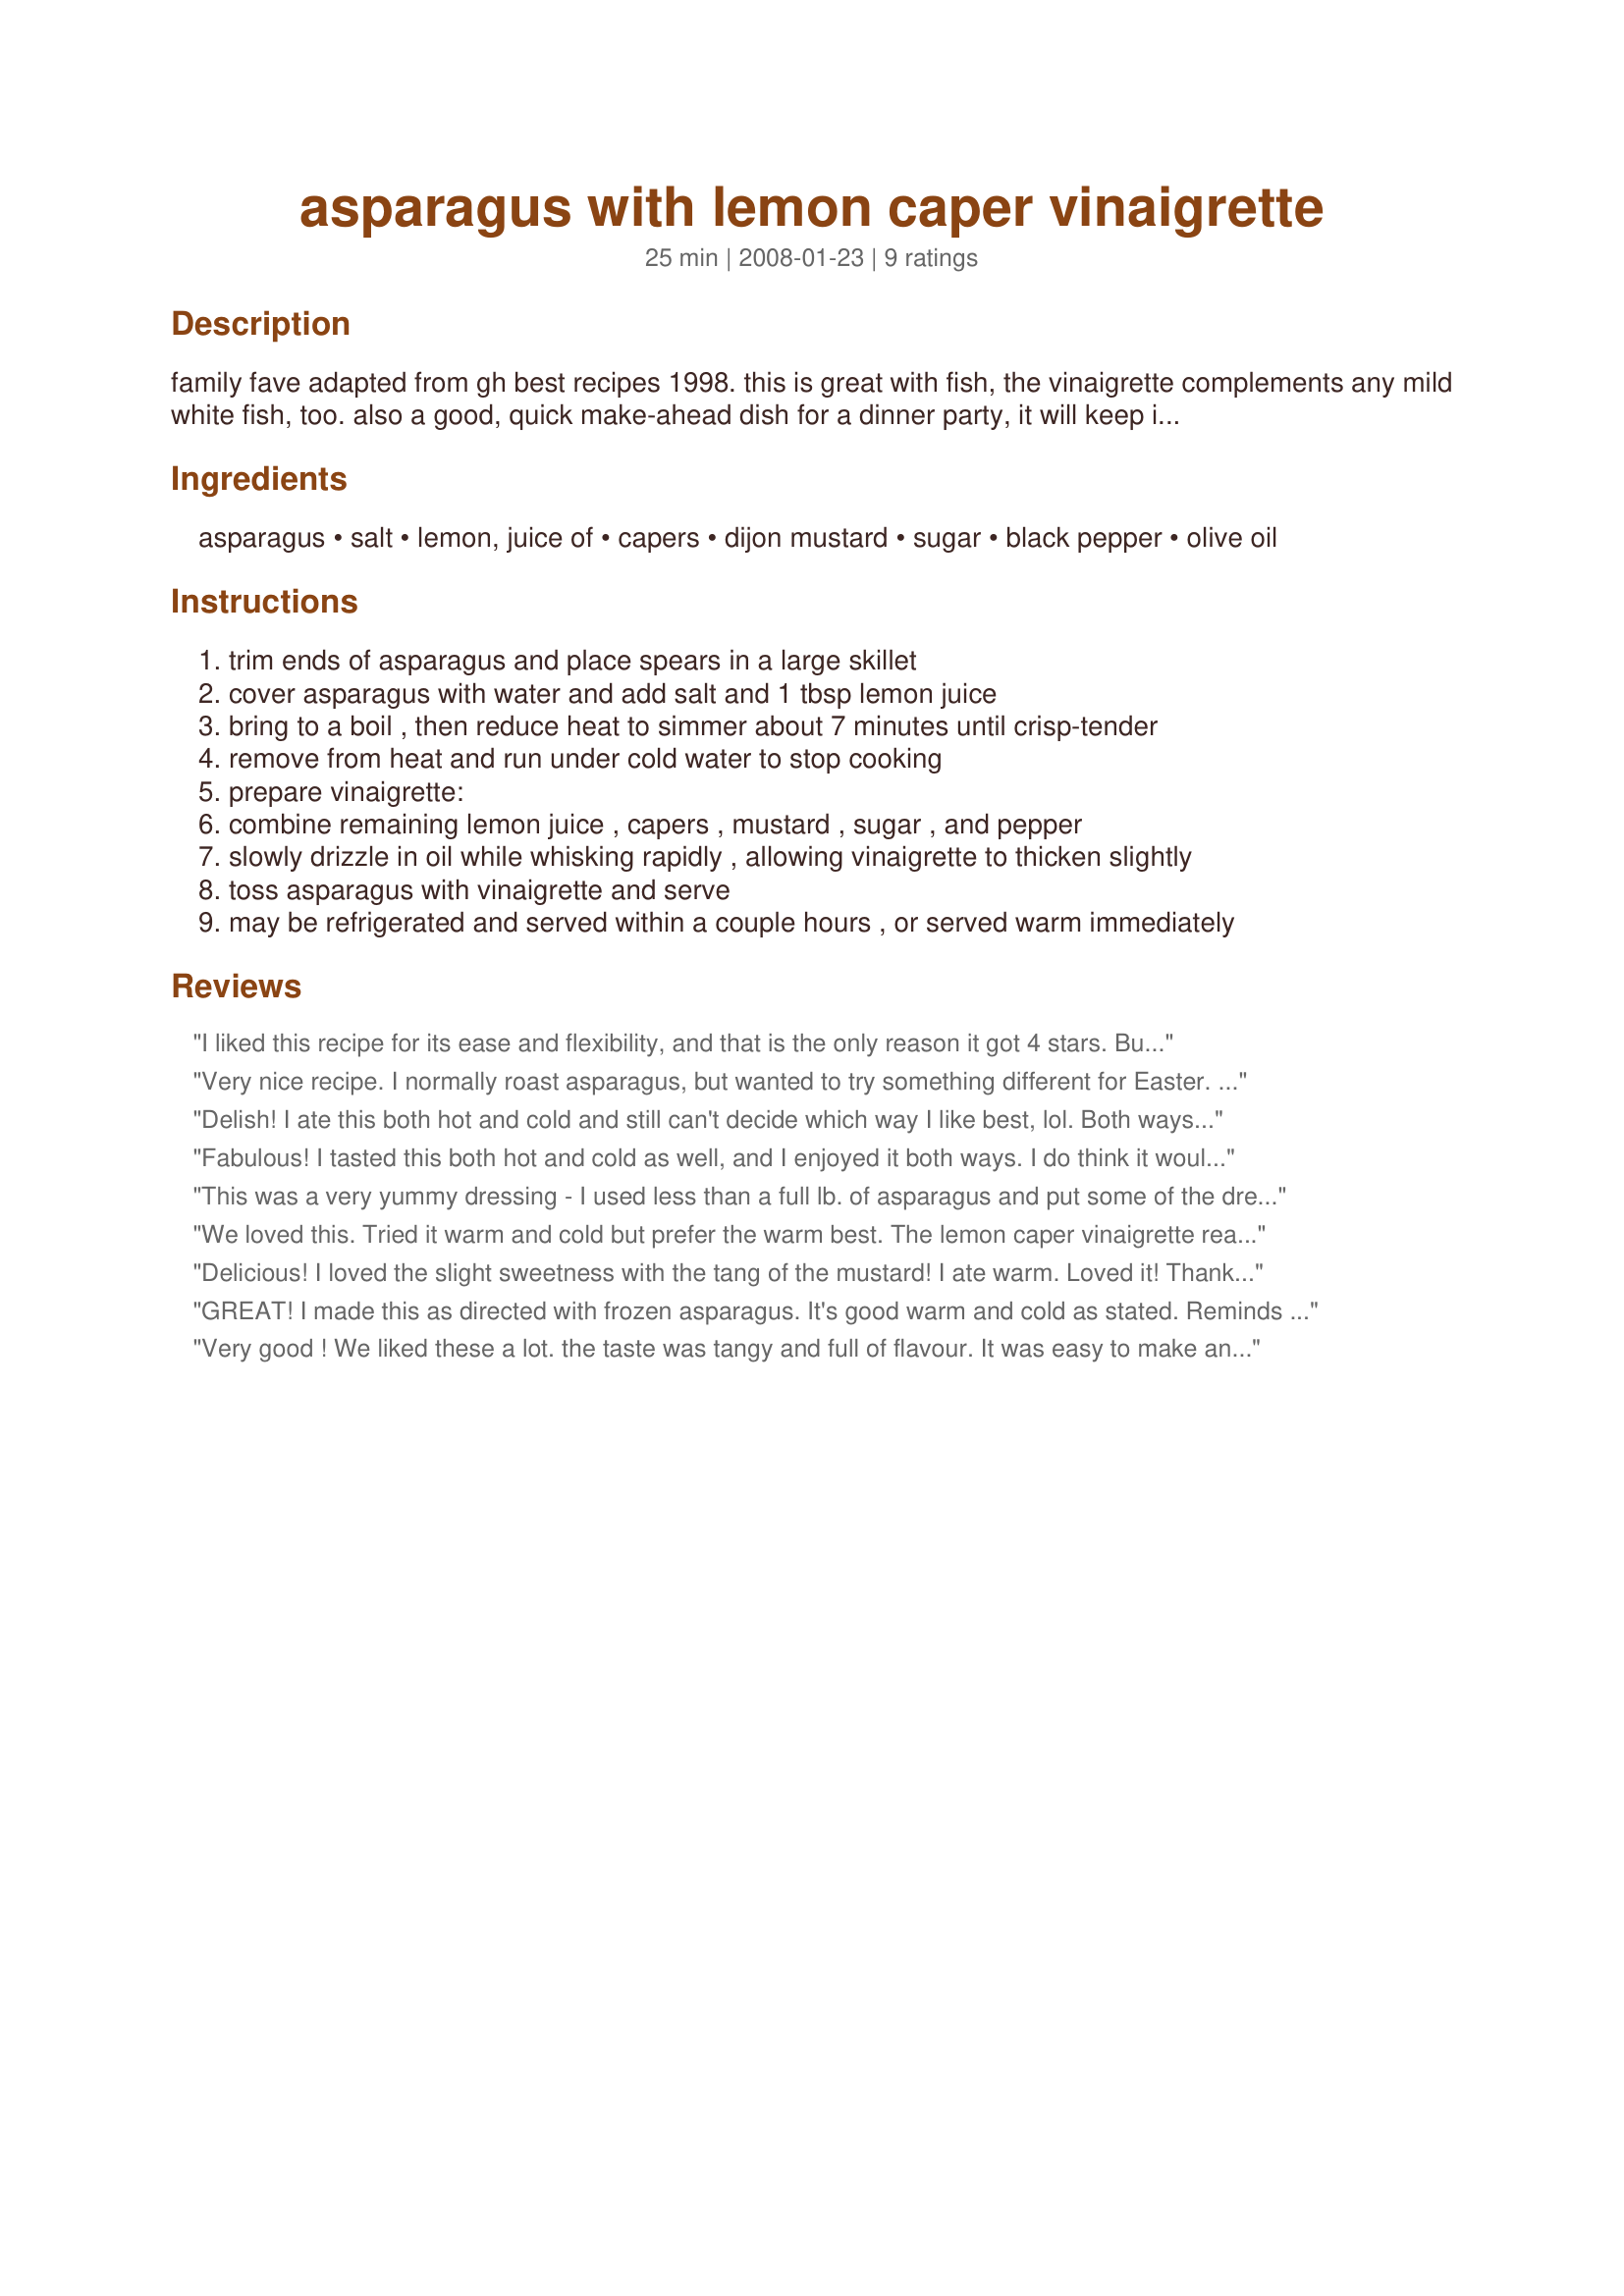
asparagus with lemon caper vinaigrette
Preparation time: 25 minutes

family fave adapted from gh best recipes 1998. this is great with fish, the vinaigrette complements any mild white fish, too. also a good, quick make-ahead dish for a dinner party, it will keep in the fridge for a couple hours. also doubles or triples easily.

Ingredients:
asparagus, salt, lemon, juice of, capers, dijon mustard, sugar, black pepper, olive oil

Steps:
trim ends of asparagus and place spears in a large skillet
cover asparagus with water and add salt and 1 tbsp lemon juice
bring to a boil , then reduce heat to simmer about 7 minutes until crisp-tender
remove from heat and run under cold water to stop cooking
prepare vinaigrette:
combine remaining lemon juice , capers , mustard , sugar , and pepper
slowly drizzle in oil while whisking rapidly , allowing vinaigrette to thicken slightly
toss asparagus with vinaigrette and serve
may be refrigerated and served within a couple hours , or served warm immediately

Reviews:
I liked this recipe for its ease and flexibility, and that is the only reason it got 4 stars. But, next time, I will cut the sauce in half. To me, there was way too much wasted sauce still left on the serving dish!! I also came to the conclusion that I really prefere either grilling or broiling asparagus... it just gives it a superior taste over boiling it. After making these changes... this recipe would rock at a solid 10.
Very nice recipe. I normally roast asparagus, but wanted to try something different for Easter. The really nice thing about this is you can make it ahead of time and it is one less thing to worry about while trying to get a large meal on the table.
Delish! I ate this both hot and cold and still can't decide which way I like best, lol. Both ways are very good and I can't wait to try this with company. Thanks Gatorbek for a simple and delicious side dish. Made for Spring PAC 2008.
Fabulous! I tasted this both hot and cold as well, and I enjoyed it both ways. I do think it would improve the flavor of most mild fish, although one doesn't have to have fish to enjoy this. I could enjoy this by myself, and almost did as I pondered the thought of running off with all the asparagus to myself and leaving my family to order take-out. In the end, I shared, and they are happy I did. Thanks for sharing. ~Lorie
This was a very yummy dressing - I used less than a full lb. of asparagus and put some of the dressing on our tilapia filets while they were baking, along with some chopped tomatoes and green onions. (Baked at 375 for 20 min). Served both the fish and asparagus over a bed of brown rice.
We loved this. Tried it warm and cold but prefer the warm best. The lemon caper vinaigrette really adds a nice touch to one of my favorite vegetables. Thanks Gator.
Delicious! I loved the slight sweetness with the tang of the mustard! I ate warm. Loved it! Thanks! My sister loved it too. :)
GREAT! I made this as directed with frozen asparagus. It's good warm and cold as stated. Reminds me of one of my recipes. It would be good with some grape tomatoes or halved cherry tomatoes. Made for the Zaar tag game.
Very good ! We liked these a lot. the taste was tangy and full of flavour. It was easy to make and easy to enjoy. I used baby fresh asparagus tips. Please see my rating system: 4 wonderful stars for a great recipe that was easy to put together on a busy weeknight. Thanks!
